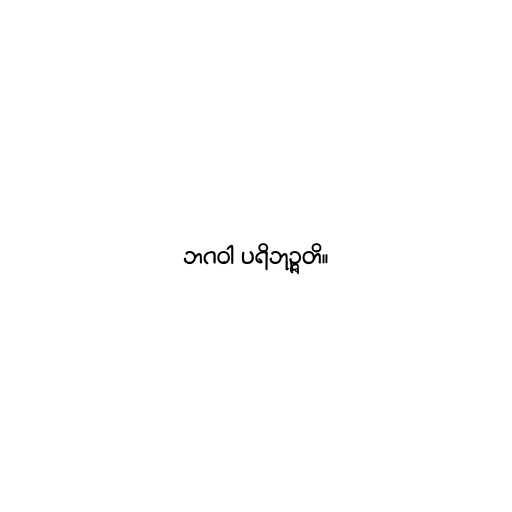
ဘဂဝါ ပရိဘုဉ္ဇတိ။